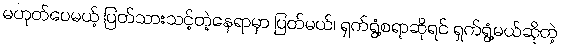
မဟုတ်ပေမယ့် ပြတ်သားသင့်တဲ့နေရာမှာ ပြတ်မယ်၊ ရှက်ရွံ့စရာဆိုရင် ရှက်ရွံ့မယ်ဆိုတဲ့